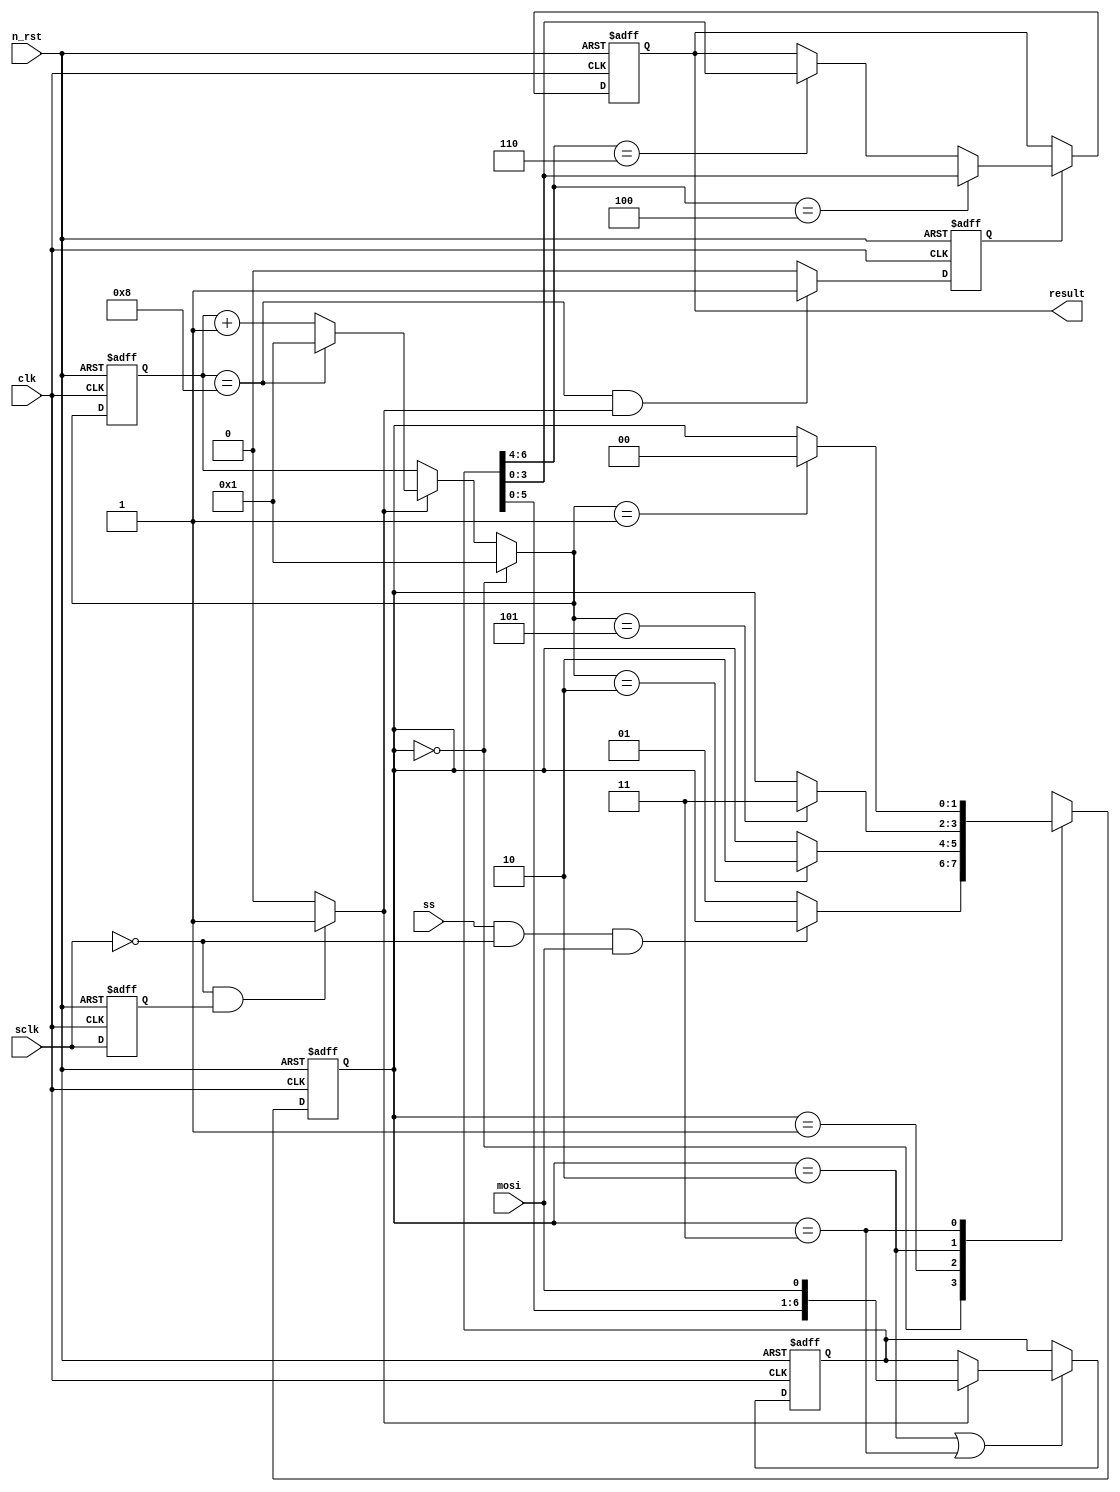
module final_01(
    clk,
    n_rst,
    result,
    sclk,
    ss,
    mosi
);

input clk;
input n_rst;
input mosi;
input sclk;
input ss;

output reg [3:0] result;

parameter max = 8;

reg [1:0] c_state, n_state;
reg [3:0] c_cnt1, n_cnt1;

localparam S0 = 2'h0, S1 = 2'h1, S2 = 2'h2, S3 = 2'h3;

always @(posedge clk or negedge n_rst) begin
    if(!n_rst) begin
        c_state <= S0;
        c_cnt1 <= 3'h1;
    end
    else begin
        c_state <= n_state;
        c_cnt1 <= n_cnt1;
    end
end

reg sclk_d;
wire sclk_f;

always @(posedge clk or negedge n_rst) begin
    if(!n_rst) begin
        sclk_d <= 1'b0;
    end
    else begin
        sclk_d <= sclk;
    end
end

assign sclk_r = ((sclk == 1'b1)&&(sclk_d == 1'b0)) ? 1'b1 : 1'b0;
assign sclk_f = ((sclk == 1'b0)&&(sclk_d == 1'b1)) ? 1'b1 : 1'b0;

always @(c_state or n_cnt1 or ss or sclk or mosi) begin
    case(c_state)
    S0 : n_state = ((ss == 1'b1)&&(sclk==1'b0)&&(mosi==1'b1)) ? c_state : S1;
    S1 : n_state = (n_cnt1 == 3'h2) ? S2 : c_state; // zero
    S2 : n_state = (n_cnt1 == 3'h5) ? S3 : c_state; // op
    S3 : n_state = (n_cnt1 == 3'h1) ? S0 : c_state; // data
    default : n_state = S0;
    endcase
end

always @(c_state or c_cnt1 or sclk_f) begin
    case(c_state)
    S0 : n_cnt1 = 3'h1;
    default : n_cnt1 = (sclk_f != 1'b1) ? c_cnt1 :
                       (c_cnt1 == max) ? 3'h1 : c_cnt1 + 3'h1;
    endcase
end

reg [6:0] inst;

always @(posedge clk or negedge n_rst) begin
    if(!n_rst) begin
        inst <= 7'h00;
    end
    else if((c_state == S2)||(c_state == S3)) begin
        inst <= (sclk_f == 1'b1) ? {inst[5:0], mosi} : inst;
    end
    else begin
        inst <= inst;
    end
end

wire flg;

assign flg = ((c_cnt1 == max)&&(sclk_f == 1'b1)) ? 1'b1 : 1'b0;
reg flg_d;

always @(posedge clk or negedge n_rst) begin
    if(!n_rst) begin
        flg_d <= 1'b0;
    end
    else begin
        flg_d <= flg;
    end
end

always @(posedge clk or negedge n_rst) begin
    if(!n_rst) begin
        result <= 4'h0;
    end
    else begin
        result <= (flg_d != 1'b1) ? result :
                  (inst[6:4] == 3'b100) ? inst[3:0] :
                  (inst[6:4] == 3'b110) ? inst[3:0] : result;
    end
end

endmodule